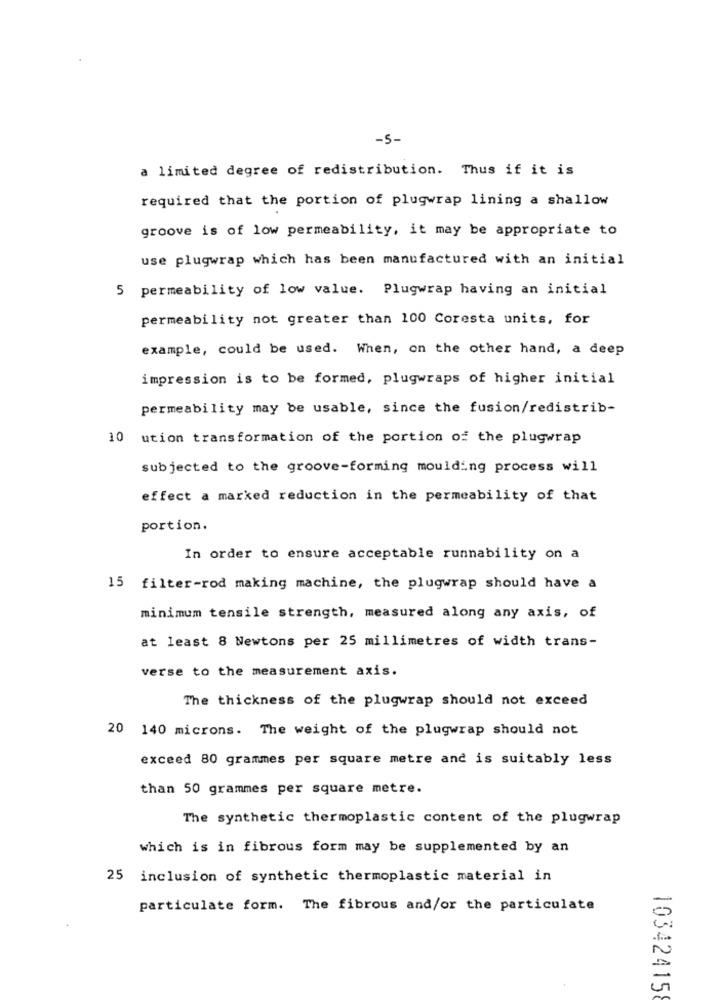
-5-
a limited degree of redistribution. Thus if it is
required that the portion of plugwrap lining a shallow
groove is of low permeability, it may be appropriate to
use plugwrap which has been manufactured with an initial
permeability of low value. Plugwrap having an initial
permeability not greater than 100 Coresta units, for
example, could be used. When, on the other hand, a deep
impression is to be formed, plugwraps of higher initial
permeability may be usable, since the fusion/redistrib-
10 ution transformation of the portion of the plugwrap
subjected to the groove-forming moulding process will
effect a marked reduction in the permeability of that
portion.
In order to ensure acceptable runnability on a
15 filter-rod making machine, the plugwrap should have a
minimum tensile strength, measured along any axis, of
at least 8 Newtons per 25 millimetres of width trans-
verse to the measurement axis.
The thickness of the plugwrap should not exceed
20 140 microns. The weight of the plugwrap should not
exceed 80 grammes per square metre and is suitably less
than 50 grammes per square metre.
The synthetic thermoplastic content of the plugwrap
which is in fibrous form may be supplemented by an
25 inclusion of synthetic thermoplastic material in
particulate form. The fibrous and/or the particulate
10342415